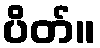
ပိတ်။